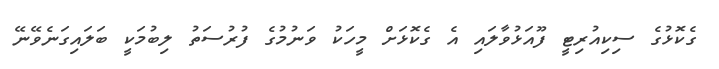
ގެކޮޅުގެ ސިކިއުރިޓީ ފޫއަޅުވާލައި އެ ގެކޮޅަށް މީހަކު ވަނުމުގެ ފުރުސަތު ލިބުމަކީ ބަލައިގަނެވޭނޭ